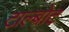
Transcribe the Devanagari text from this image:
टाल्बोट